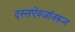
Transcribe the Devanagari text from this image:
दस्तऐवजांवरून